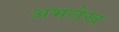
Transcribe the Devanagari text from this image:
अभलेख